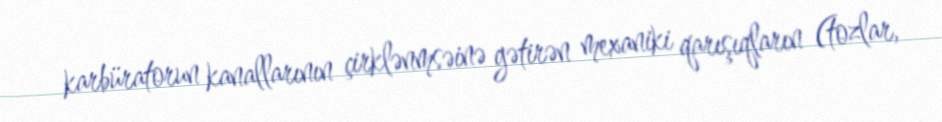
karbüratorun kanallarının çirklənmsəinə gətirən mexaniki qarışıqların (tozlar,